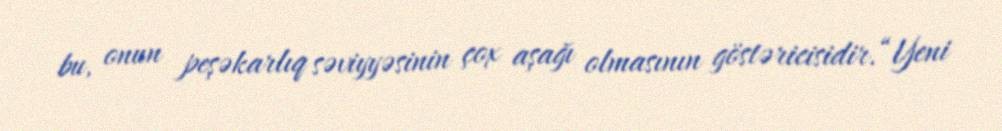
bu, onun peşəkarlıq səviyyəsinin çox aşağı olmasının göstəricisidir.“Yeni